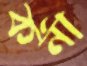
কর্না